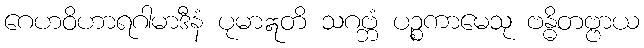
ဂေဟဝိဟာရဂါမာဒီနံ ပုမာဣတိ သဂဗ္ဘံ ပဉ္စကာမေသု ဗန္ဓိတဗ္ဗာယ